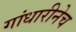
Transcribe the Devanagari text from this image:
गांधारीनेच